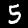
Digit: 5